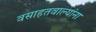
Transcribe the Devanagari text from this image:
वसाहतवाल्यांना